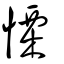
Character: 慄